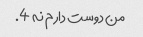
من دوست دارم نه 4.